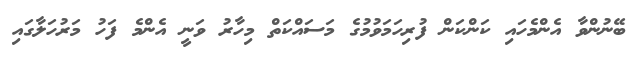
ބޭނުންވާ އެންމެހައި ކަންކަން ފުރިހަމަވުމުގެ މަސައްކަތް މިހާރު ވަނީ އެންމެ ފަހު މަރުހަލާގައި